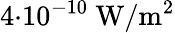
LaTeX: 4{\cdot}10^{-10}\ \mathrm{W/m^{2}}